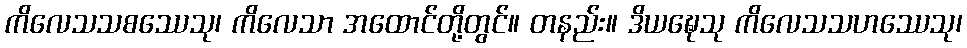
ကိလေသသစဿေသု၊ ကိလေသာ အထောင်တို့တွင်။ တနည်း။ ဒိယဍ္ဎေသု ကိလေသသဟဿေသု၊